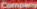
Company